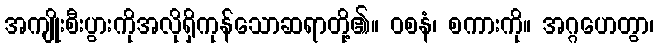
အကျိုးစီးပွားကိုအလိုရှိကုန်သောဆရာတို့၏။ ဝစနံ၊ စကားကို။ အဂ္ဂဟေတွာ၊